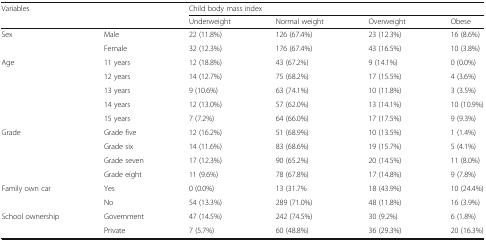
<table><thead><tr><td colspan="2"><b>Variables</b></td><td colspan="4"><b>Child body mass index</b></td></tr><tr><td colspan="2">[EMPTY_CELL]</td><td><b>Underweight</b></td><td><b>Normal weight</b></td><td><b>Overweight</b></td><td><b>Obese</b></td></tr></thead><tbody><tr><td rowspan="2">Sex</td><td>Male</td><td>22 (11.8%)</td><td>126 (67.4%)</td><td>23 (12.3%)</td><td>16 (8.6%)</td></tr><tr><td>Female</td><td>32 (12.3%)</td><td>176 (67.4%)</td><td>43 (16.5%)</td><td>10 (3.8%)</td></tr><tr><td rowspan="5">Age</td><td>11 years</td><td>12 (18.8%)</td><td>43 (67.2%)</td><td>9 (14.1%)</td><td>0 (0.0%)</td></tr><tr><td>12 years</td><td>14 (12.7%)</td><td>75 (68.2%)</td><td>17 (15.5%)</td><td>4 (3.6%)</td></tr><tr><td>13 years</td><td>9 (10.6%)</td><td>63 (74.1%)</td><td>10 (11.8%)</td><td>3 (3.5%)</td></tr><tr><td>14 years</td><td>12 (13.0%)</td><td>57 (62.0%)</td><td>13 (14.1%)</td><td>10 (10.9%)</td></tr><tr><td>15 years</td><td>7 (7.2%)</td><td>64 (66.0%)</td><td>17 (17.5%)</td><td>9 (9.3%)</td></tr><tr><td rowspan="4">Grade</td><td>Grade five</td><td>12 (16.2%)</td><td>51 (68.9%)</td><td>10 (13.5%)</td><td>1 (1.4%)</td></tr><tr><td>Grade six</td><td>14 (11.6%)</td><td>83 (68.6%)</td><td>19 (15.7%)</td><td>5 (4.1%)</td></tr><tr><td>Grade seven</td><td>17 (12.3%)</td><td>90 (65.2%)</td><td>20 (14.5%)</td><td>11 (8.0%)</td></tr><tr><td>Grade eight</td><td>11 (9.6%)</td><td>78 (67.8%)</td><td>17 (14.8%)</td><td>9 (7.8%)</td></tr><tr><td rowspan="2">Family own car</td><td>Yes</td><td>0 (0.0%)</td><td>13 (31.7%</td><td>18 (43.9%)</td><td>10 (24.4%)</td></tr><tr><td>No</td><td>54 (13.3%)</td><td>289 (71.0%)</td><td>48 (11.8%)</td><td>16 (3.9%)</td></tr><tr><td rowspan="2">School ownership</td><td>Government</td><td>47 (14.5%)</td><td>242 (74.5%)</td><td>30 (9.2%)</td><td>6 (1.8%)</td></tr><tr><td>Private</td><td>7 (5.7%)</td><td>60 (48.8%)</td><td>36 (29.3%)</td><td>20 (16.3%)</td></tr></tbody></table>